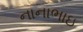
નાનાભાઇ